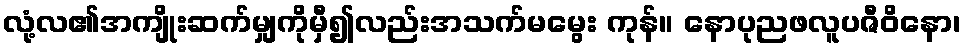
လုံ့လ၏အကျိုးဆက်မျှကိုမှီ၍လည်းအသက်မမွေး ကုန်။ နောပုညဖလူပဇီဝိနော၊